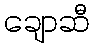
ချောဆီ